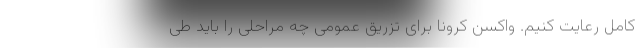
کامل رعایت کنیم. واکسن کرونا برای تزریق عمومی چه مراحلی را باید طی